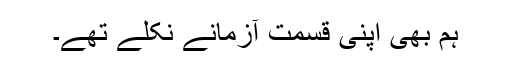
ہم بھی اپنی قسمت آزمانے نکلے تھے۔